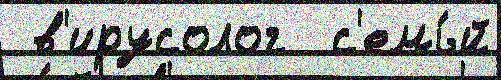
 в'ирусолог  с'емь́й